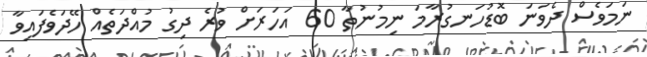
ނަމަވެސް ދެވަނަ ބޮޑުހަނގުރާމަ ނިމުނުތާ 60 އަހަރަށް ވުރެ ދިގު މުއްދަތެއް ހޭދަވެފައިވާ